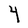
Character: Y